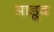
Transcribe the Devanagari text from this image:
माडूव